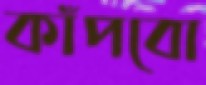
কাঁপবো